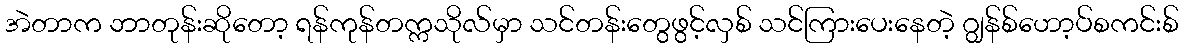
အဲတာက ဘာတုန်းဆိုတော့ ရန်ကုန်တက္ကသိုလ်မှာ သင်တန်းတွေဖွင့်လှစ် သင်ကြားပေးနေတဲ့ ဂျွန်စ်ဟော့ပ်စကင်းစ်